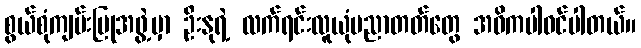
စွယ်စုံကျမ်းပြုအဖွဲ့မှာ ဦးနုရဲ့ လက်ရင်းလူယုံပညာတတ်တွေ အဓိကပါဝင်ပါတယ်။